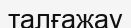
талғажау